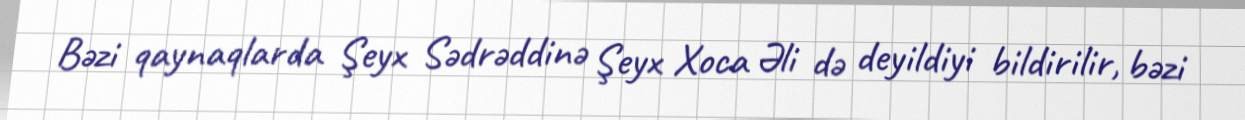
Bəzi qaynaqlarda Şeyx Sədrəddinə Şeyx Xoca Əli də deyildiyi bildirilir, bəzi